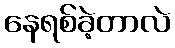
နေရစ်ခဲ့တာလဲ